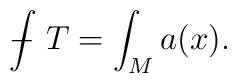
{\int \!\!\!\!\!\! -} \ T = \int_M a(x).